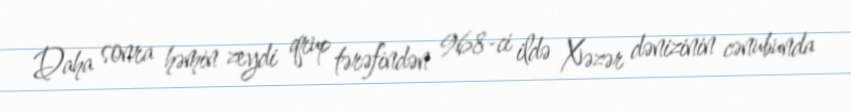
Daha sonra həmin zeydi qrup tərəfindən 968-ci ildə Xəzər dənizinin cənubunda